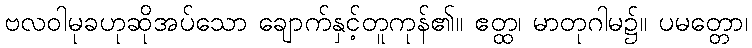
ဗလဝါမုခဟုဆိုအပ်သော ချောက်နှင့်တူကုန်၏။ ဧတ္ထ၊ မာတုဂါမ၌။ ပမတ္တော၊